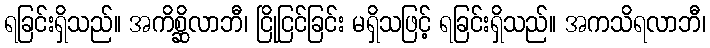
ရခြင်းရှိသည်။ အကိစ္ဆိလာဘီ၊ ငြိုငြင်ခြင်း မရှိသဖြင့် ရခြင်းရှိသည်။ အကသိရလာဘီ၊